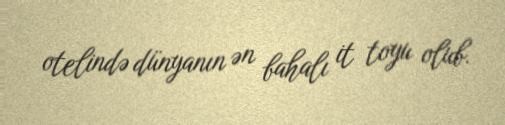
otelində dünyanın ən bahalı it toyu olub.